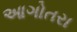
આગોતરા